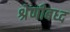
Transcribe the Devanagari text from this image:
श्रेणीबध्द